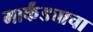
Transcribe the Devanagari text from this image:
मार्कंड्याचा